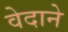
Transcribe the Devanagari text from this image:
वेदाने